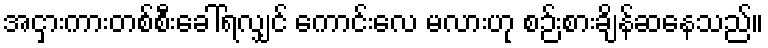
အငှားကားတစ်စီးခေါ်ရလျှင် ကောင်းလေ မလားဟု စဉ်းစားချိန်ဆနေသည်။